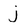
Character: j